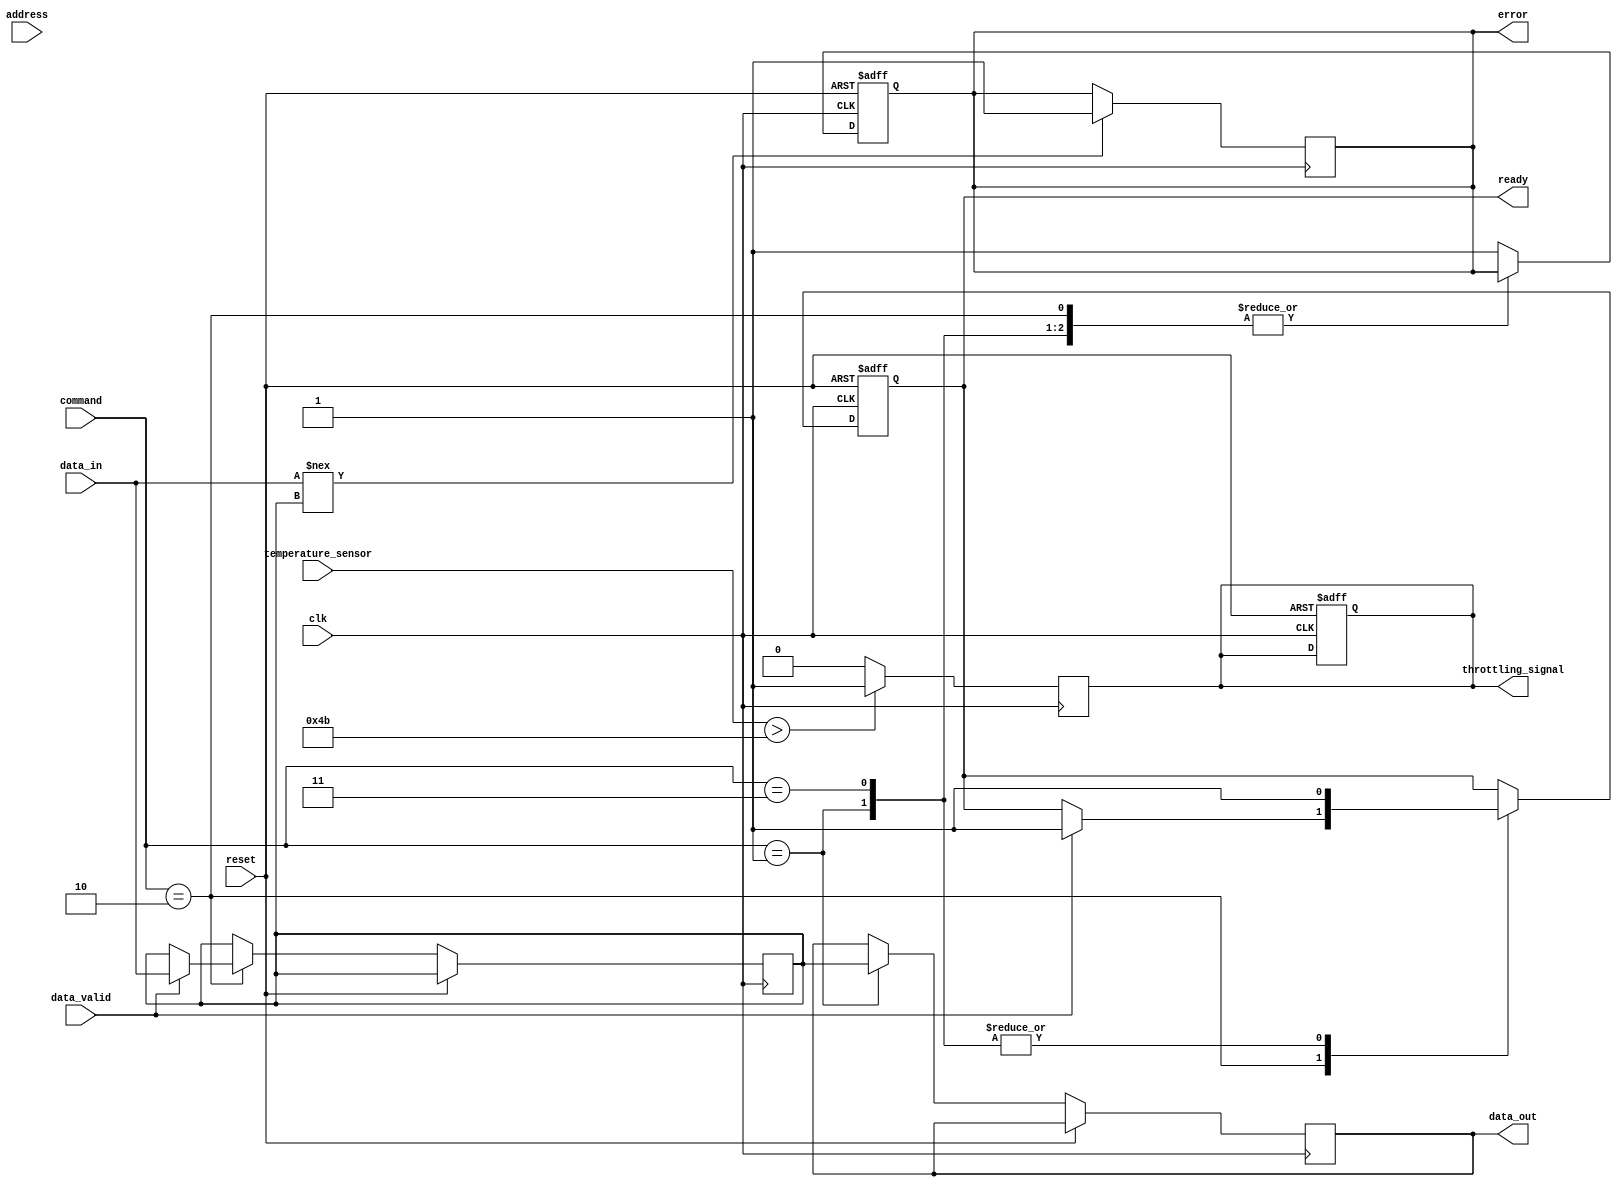
module io_block_3d_dram #(
    parameter DATA_WIDTH = 64,
    parameter ADDR_WIDTH = 32,
    parameter CMD_WIDTH = 4
) (
    input wire clk,
    input wire reset,
    
    // Data Interface
    input wire [DATA_WIDTH-1:0] data_in,
    output reg [DATA_WIDTH-1:0] data_out,
    input wire data_valid,
    
    // Address Interface
    input wire [ADDR_WIDTH-1:0] address,
    
    // Command Interface
    input wire [CMD_WIDTH-1:0] command,
    
    // Status Signals
    output reg ready,
    output reg error,
    
    // Thermal Management Signals
    input wire temperature_sensor,
    output reg throttling_signal
);

// Internal Signals
reg [DATA_WIDTH-1:0] data_buffer;
reg [ADDR_WIDTH-1:0] decoded_address;

// Address Decoder
always @(*) begin
    // Simple address decoding logic (expand as needed)
    decoded_address = address; // Placeholder for multi-level decoding
end

// Command Interface
always @(posedge clk or posedge reset) begin
    if (reset) begin
        ready <= 1'b0;
        error <= 1'b0;
        throttling_signal <= 1'b0;
    end else begin
        // Command processing
        case (command)
            4'b0001: begin // Read Command
                data_out <= data_buffer; // Output data from buffer
                ready <= 1'b1;
            end
            4'b0010: begin // Write Command
                if (data_valid) begin
                    data_buffer <= data_in; // Store incoming data
                    ready <= 1'b1;
                end
            end
            4'b0011: begin // Refresh Command
                // Handle refresh logic
                ready <= 1'b1;
            end
            default: begin
                error <= 1'b1; // Invalid command
            end
        endcase
    end
end

// Clock Management (simplified)
always @(posedge clk) begin
    // Example of clock gating logic (simplified)
    if (temperature_sensor > 75) begin // Arbitrary threshold
        throttling_signal <= 1'b1; // Throttle if temperature is high
    end else begin
        throttling_signal <= 1'b0;
    end
end

// Error Detection and Correction (EDC) Placeholder
always @(posedge clk) begin
    // Simple error detection logic (expand as needed)
    if (data_in !== data_buffer) begin
        error <= 1'b1; // Detect error
    end
end

endmodule